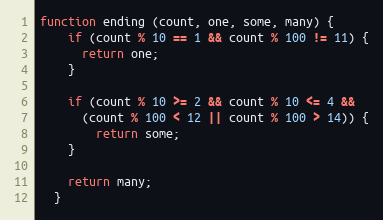
Language: JavaScript
function ending (count, one, some, many) {
    if (count % 10 == 1 && count % 100 != 11) {
      return one;
    }

    if (count % 10 >= 2 && count % 10 <= 4 &&
      (count % 100 < 12 || count % 100 > 14)) {
        return some;
    }

    return many;
  }